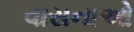
વાસનાઓ